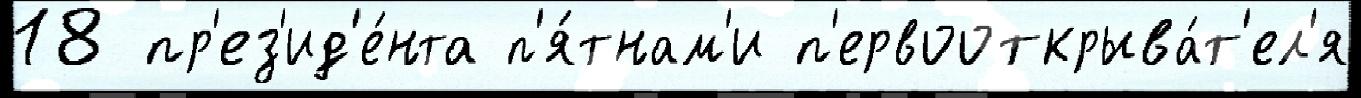
18 пр'ез'ид'е́нта п'я́тнам'и п'ервооткрыва́т'ел'я